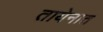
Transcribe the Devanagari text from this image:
तायेनात